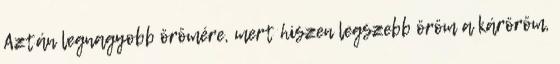
Aztán legnagyobb örömére, mert hiszen legszebb öröm a káröröm,